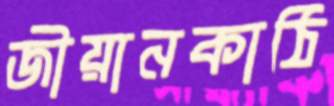
জীয়ানকাঠি